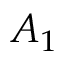
A _ { 1 }